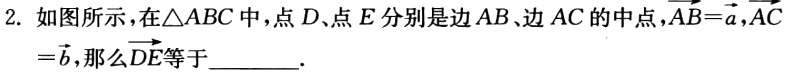
2. 如图所示，在\(\triangle ABC\)中，点\(D\)、点\(E\)分别是边\(AB\)、边\(AC\)的中点，\(\overrightarrow{AB}=\overrightarrow{a}\)，\(\overrightarrow{AC}=\overrightarrow{b}\)，那么\(\overrightarrow{DE}\)等于  ．